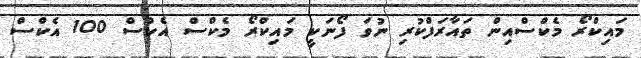
މައިކްރޯ މެކްސްއިން ތައާރަފްކުރި ނުވަ ފޯނަކީ މައިކްރޯ މެކްސް އެކްސް 100 އެކްސް